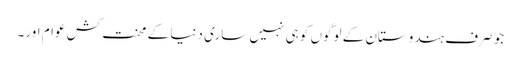
جو صرف ہندوستان کے لوگوں کو ہی نہیں ساری دنیا کے محنت کش عوام اور۔